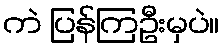
ကဲ ပြန်ကြဦးမှပဲ။